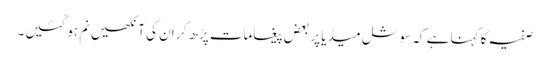
صفیہ کا کہنا ہے کہ سوشل میڈیا پر بعض پیغامات پڑھ کر ان کی آنکھیں نم ہو گئیں۔